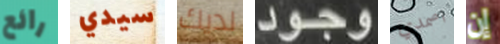
رائع سيدي لديك وجود اصمدي إن